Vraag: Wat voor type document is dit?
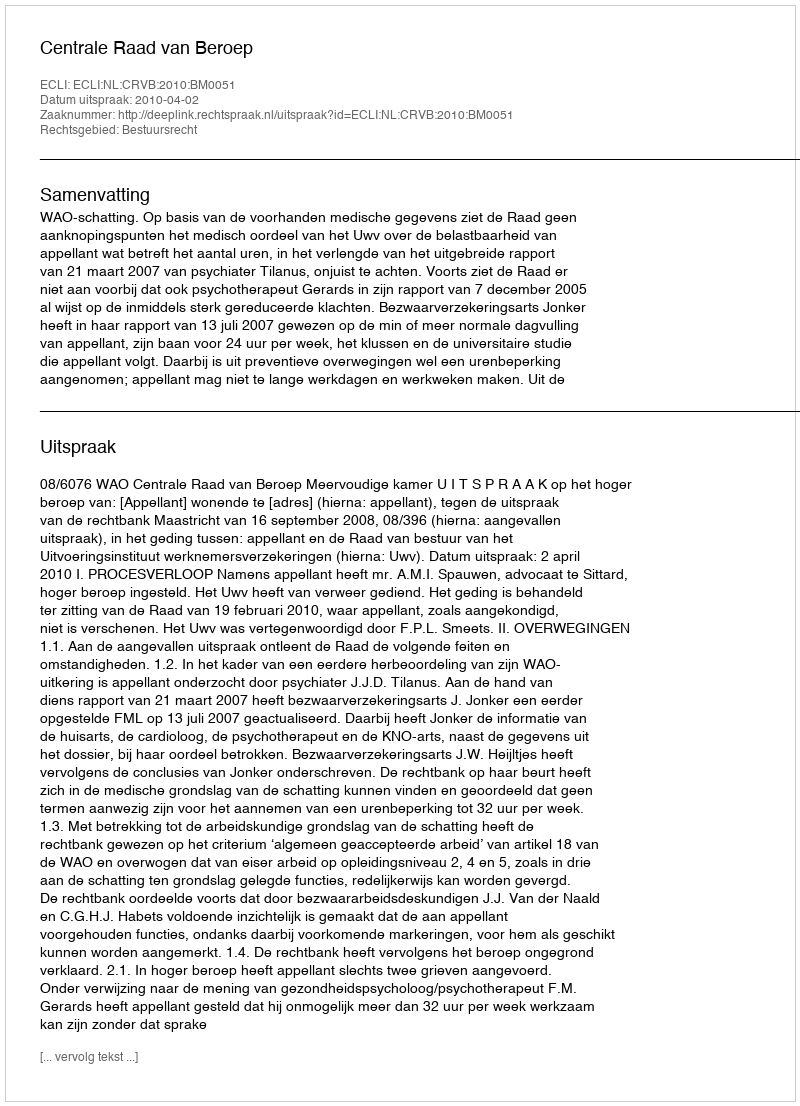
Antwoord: Uitspraak